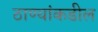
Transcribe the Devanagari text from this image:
ठाण्यांकडील